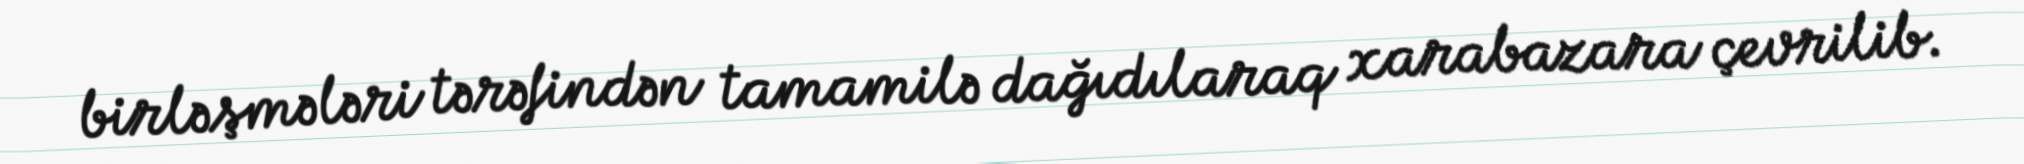
birləşmələri tərəfindən tamamilə dağıdılaraq xarabazara çevrilib.